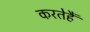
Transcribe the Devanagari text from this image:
करतेहैं